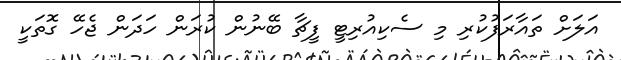
އަލަށް ތައާރަފުކުރި މި ސެކިއުރިޓީ ފީޗާ ބޭނުން ކުރަން ހަދަން ޖެހޭ ގޮތަކީ